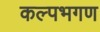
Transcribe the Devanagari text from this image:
कल्पभगण